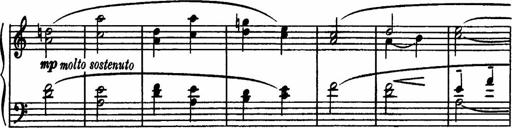
Title: Sonatilla
Composer: Mortimer Wilson
Key: C major